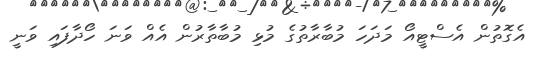
އެގޮތުން އެސްޓީއޯ މަދަހަ މުބާރާތުގެ މުޅި މުބާތާރުން އެއް ވަނަ ހޯދާފައި ވަނީ